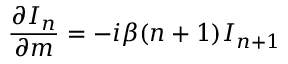
{ \frac { \partial I _ { n } } { \partial m } } = - i \beta ( n + 1 ) I _ { n + 1 }